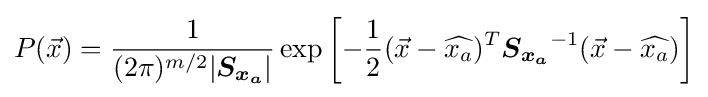
P({\vec {x}})={\frac {1}{(2\pi )^{m/2}|{\boldsymbol {S_{x_{a}}}}|}}\exp \left[-{\frac {1}{2}}({\vec {x}}-{\widehat {x_{a}}})^{T}{\boldsymbol {S_{x_{a}}}}^{-1}({\vec {x}}-{\widehat {x_{a}}})\right]